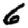
Digit: 6